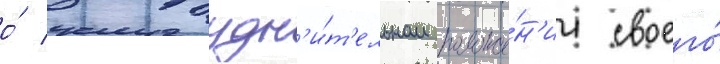
о́ затрудн'и́т'ельном положе́н'ии своего́